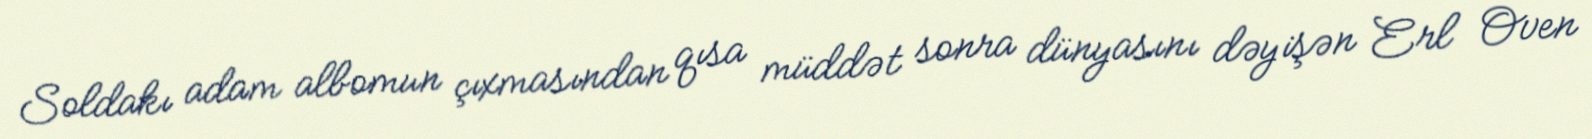
Soldakı adam albomun çıxmasından qısa müddət sonra dünyasını dəyişən Erl Oven